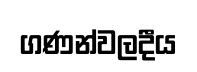
ගණන්වලදීය